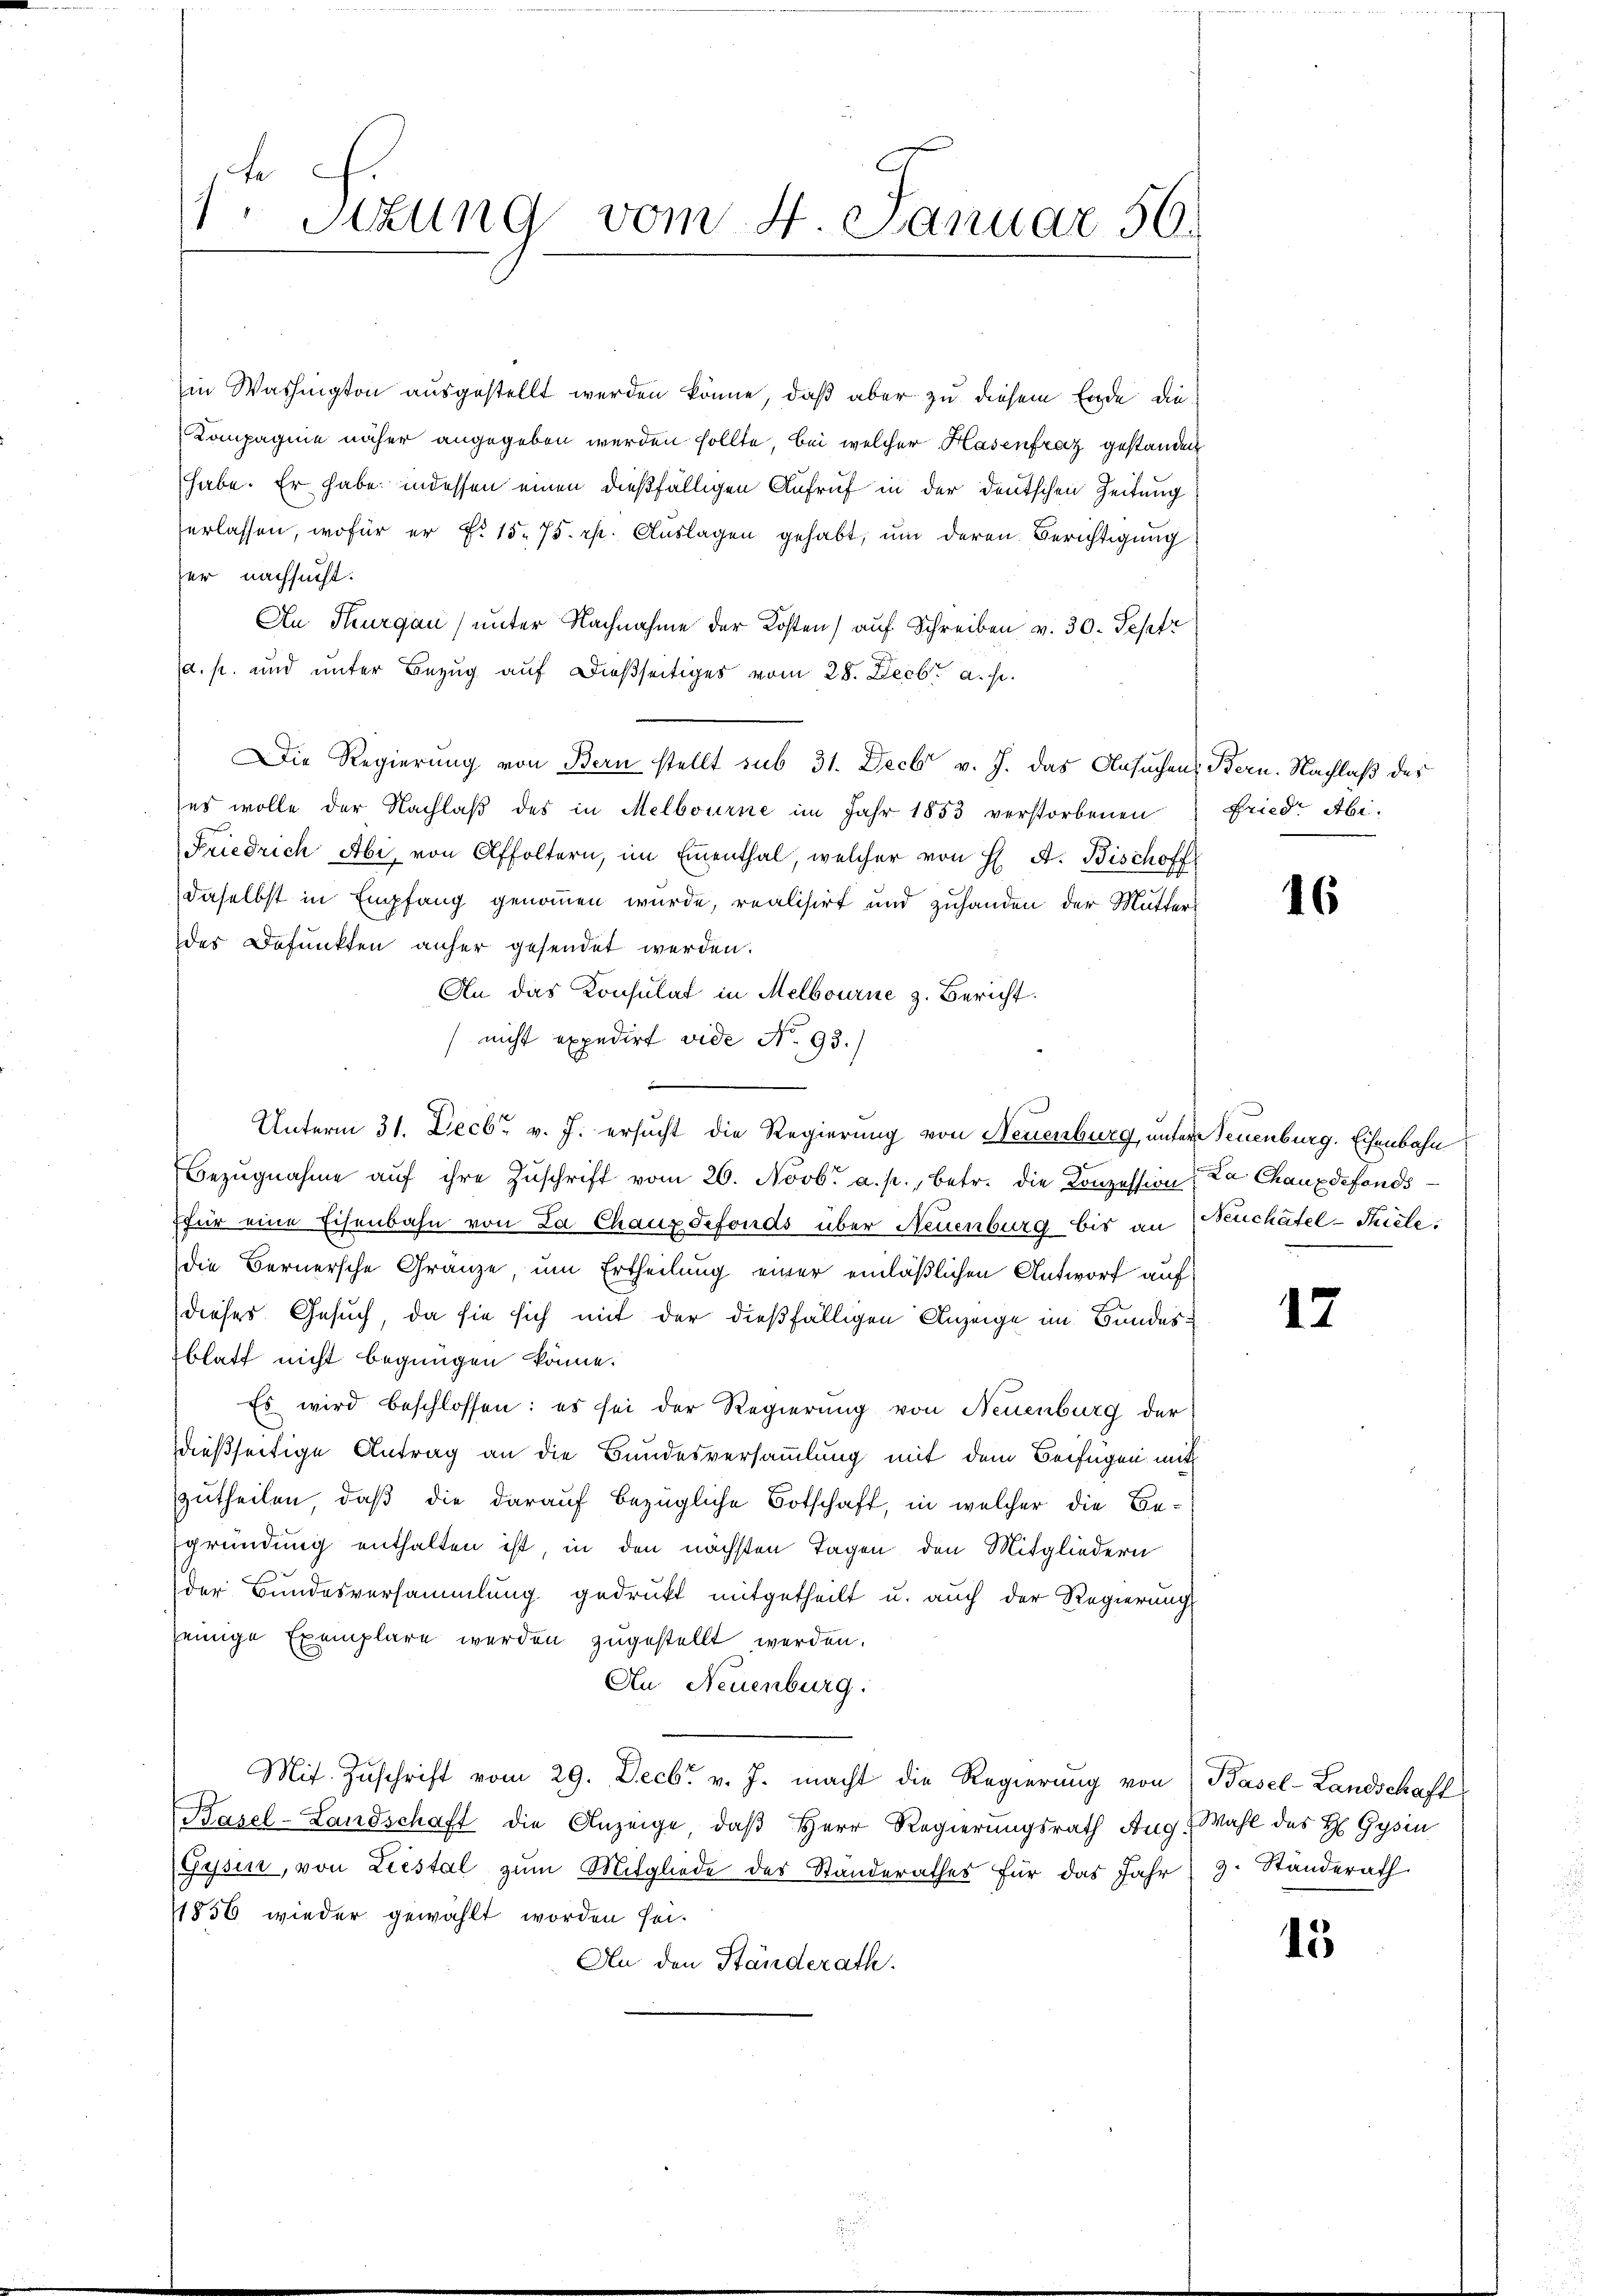
e
1. Setzung vom 4. Januar 56.

in Washington ausgestellt werden könne, daß aber zu diesem Ende die¬
Kompagnie näher angegeben werden sollte, bei welcher Hasenfrag gestanden
habe. Er habe indessen einen dießfälligen Aufruf in der deutschen Zeitung
erlassen, wofür er f. 15. 75. rp. Auslagen gehabt, um deren Berichtigung
er nachsucht.
An Thurgau) unter Nachnahme der Kosten) auf Schreiben v. 30. Septr
d. s. und unter Bezug auf dießseitiges vom 28. Decbr a. s.
Die Regierung von Bern stellt sub 31. Decbr v. J. das Ansuchen Bern. Nachlaß des
es wolle der Nachlaβ des in Melbourne im Jahr 1853 verstorbenen Fried. Abi-
Friedrich Abi, von Affoltern, im Einenthal, welcher von H. A. Bischoff
daselbst in Empfang genommen wurde, realisirt und zuhanden der Mutters
des Defunkten anher gesendet werden.
An das Konsulat in Melbourne z. Bericht
(nicht expedirt vide No. 93.)
d
Unterm 31. Decbr v. J. ersucht die Regierung von Neuenburg, unter Neuenburg. Eisenbahn
Bezŭgnahme aŭf ihre Zŭschrift vom 26. Novbr. a. p., betr. die Konzession, Da Chauxdefonds
ffür eine Eisenbahn von La Chauzsefonds über Neuenburg bis an Neuchâtel-Tiecte:
die Bernersche Gränze um Ertheilung einer einläßlichen Antworf auf
dieses Gesuch, da sie sich mit der dießfälligen Anzeige im Bundesblatt nicht begnügen könne.
Es wird beschlossen: es sei der Regierung von Neuenburg der
dießseitige Antrag an die Bundesversammlung mit dem Beifügen mit
zutheilen, daß die darauf bezügliche Botschaft, in welcher die Begründung enthalten ist, in den nächsten Tagen den Mitgliedern
der Bundesversammlung gedrukt mitgetheilt u. auch der Regierung
seinige Exemplare werden zugestellt werden.
An Neuenburg.
Mit Zuschrift vom 29. Decbr v. J. macht die Regierung von Basel-Landschaft
Basel-Landschaft die Anzeige, daß Herr Regierungsrath Aug. Wahl des H Gysin
Gysen, von Liestal zŭm Mitgliede der Standerathes für das Jahr 3. Ständerath
1856 wieder gewählt worden sei.
An den Ständerath.

16

12

15